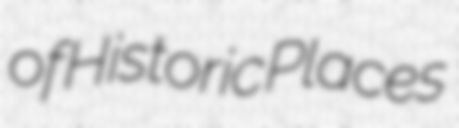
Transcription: of Historic Places